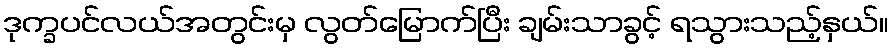
ဒုက္ခပင်လယ်အတွင်းမှ လွတ်မြောက်ပြီး ချမ်းသာခွင့် ရသွားသည့်နှယ်။